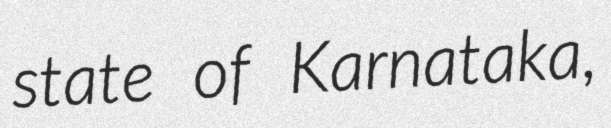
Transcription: state of Karnataka,